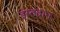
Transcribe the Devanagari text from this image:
इस्तदान